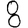
Digit: 8